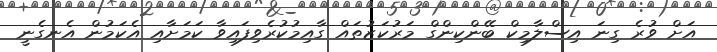
އަށް ވުރެ ގިނަ އިސްލާމިކް ބޭންކިންގް މަރުކަޒުތައް ގާއިމުކުރެވިފައިވާ ކަމަށާއި އެކަމުން އެނގެނީ